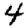
Digit: 4